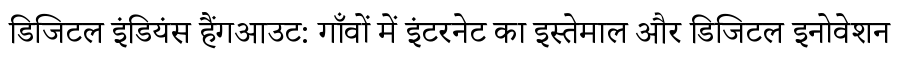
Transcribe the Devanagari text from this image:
डिजिटल इंडियंस हैंगआउट: गाँवों में इंटरनेट का इस्तेमाल और डिजिटल इनोवेशन